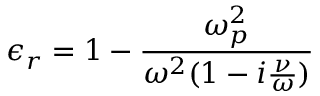
\epsilon _ { r } = 1 - \frac { \omega _ { p } ^ { 2 } } { \omega ^ { 2 } ( 1 - i \frac { \nu } { \omega } ) }